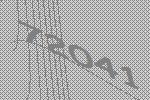
72041